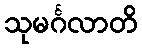
သုမင်္ဂလာတိ